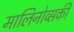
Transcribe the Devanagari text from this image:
मालिनोव्सकी